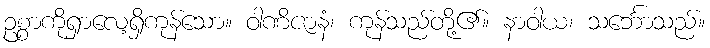
ဥစ္စာကိုရှာလေ့ရှိကုန်သော။ ဝါဏိဇာနံ၊ ကုန်သည်တို့၏။ နာဝါယ၊ သင်္ဘောသည်။